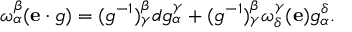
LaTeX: \omega _ { \alpha } ^ { \beta } ( \mathbf { e } \cdot g ) = ( g ^ { - 1 } ) _ { \gamma } ^ { \beta } d g _ { \alpha } ^ { \gamma } + ( g ^ { - 1 } ) _ { \gamma } ^ { \beta } \omega _ { \delta } ^ { \gamma } ( \mathbf { e } ) g _ { \alpha } ^ { \delta } .